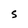
Character: s